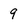
Character: 9